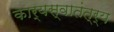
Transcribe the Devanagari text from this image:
कार्यस्वातंत्र्य